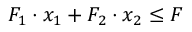
F _ { 1 } \cdot x _ { 1 } + F _ { 2 } \cdot x _ { 2 } \leq F